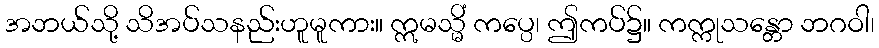
အဘယ်သို့ သိအပ်သနည်းဟူမူကား။ ဣမသ္မိံ ကပ္ပေ၊ ဤကပ်၌။ ကက္ကုသန္တော ဘဂဝါ၊